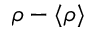
\rho - \langle \rho \rangle